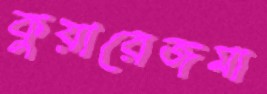
কুয়ারেজমা